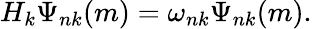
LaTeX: H_{k}\Psi_{nk}(m)=\omega_{nk}\Psi_{nk}(m).